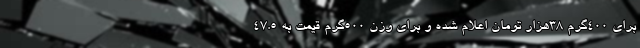
برای ۴۰۰گرم ۳۸هزار تومان اعلام شده و برای وزن ۵۰۰گرم قیمت به ۴۷.۵